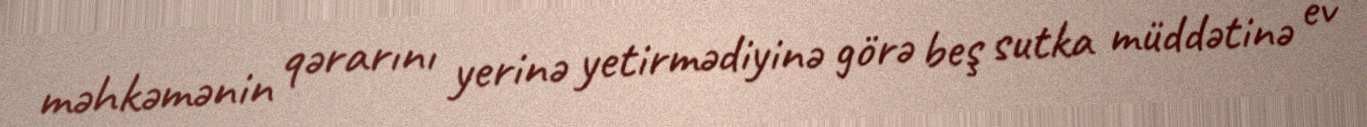
məhkəmənin qərarını yerinə yetirmədiyinə görə beş sutka müddətinə ev